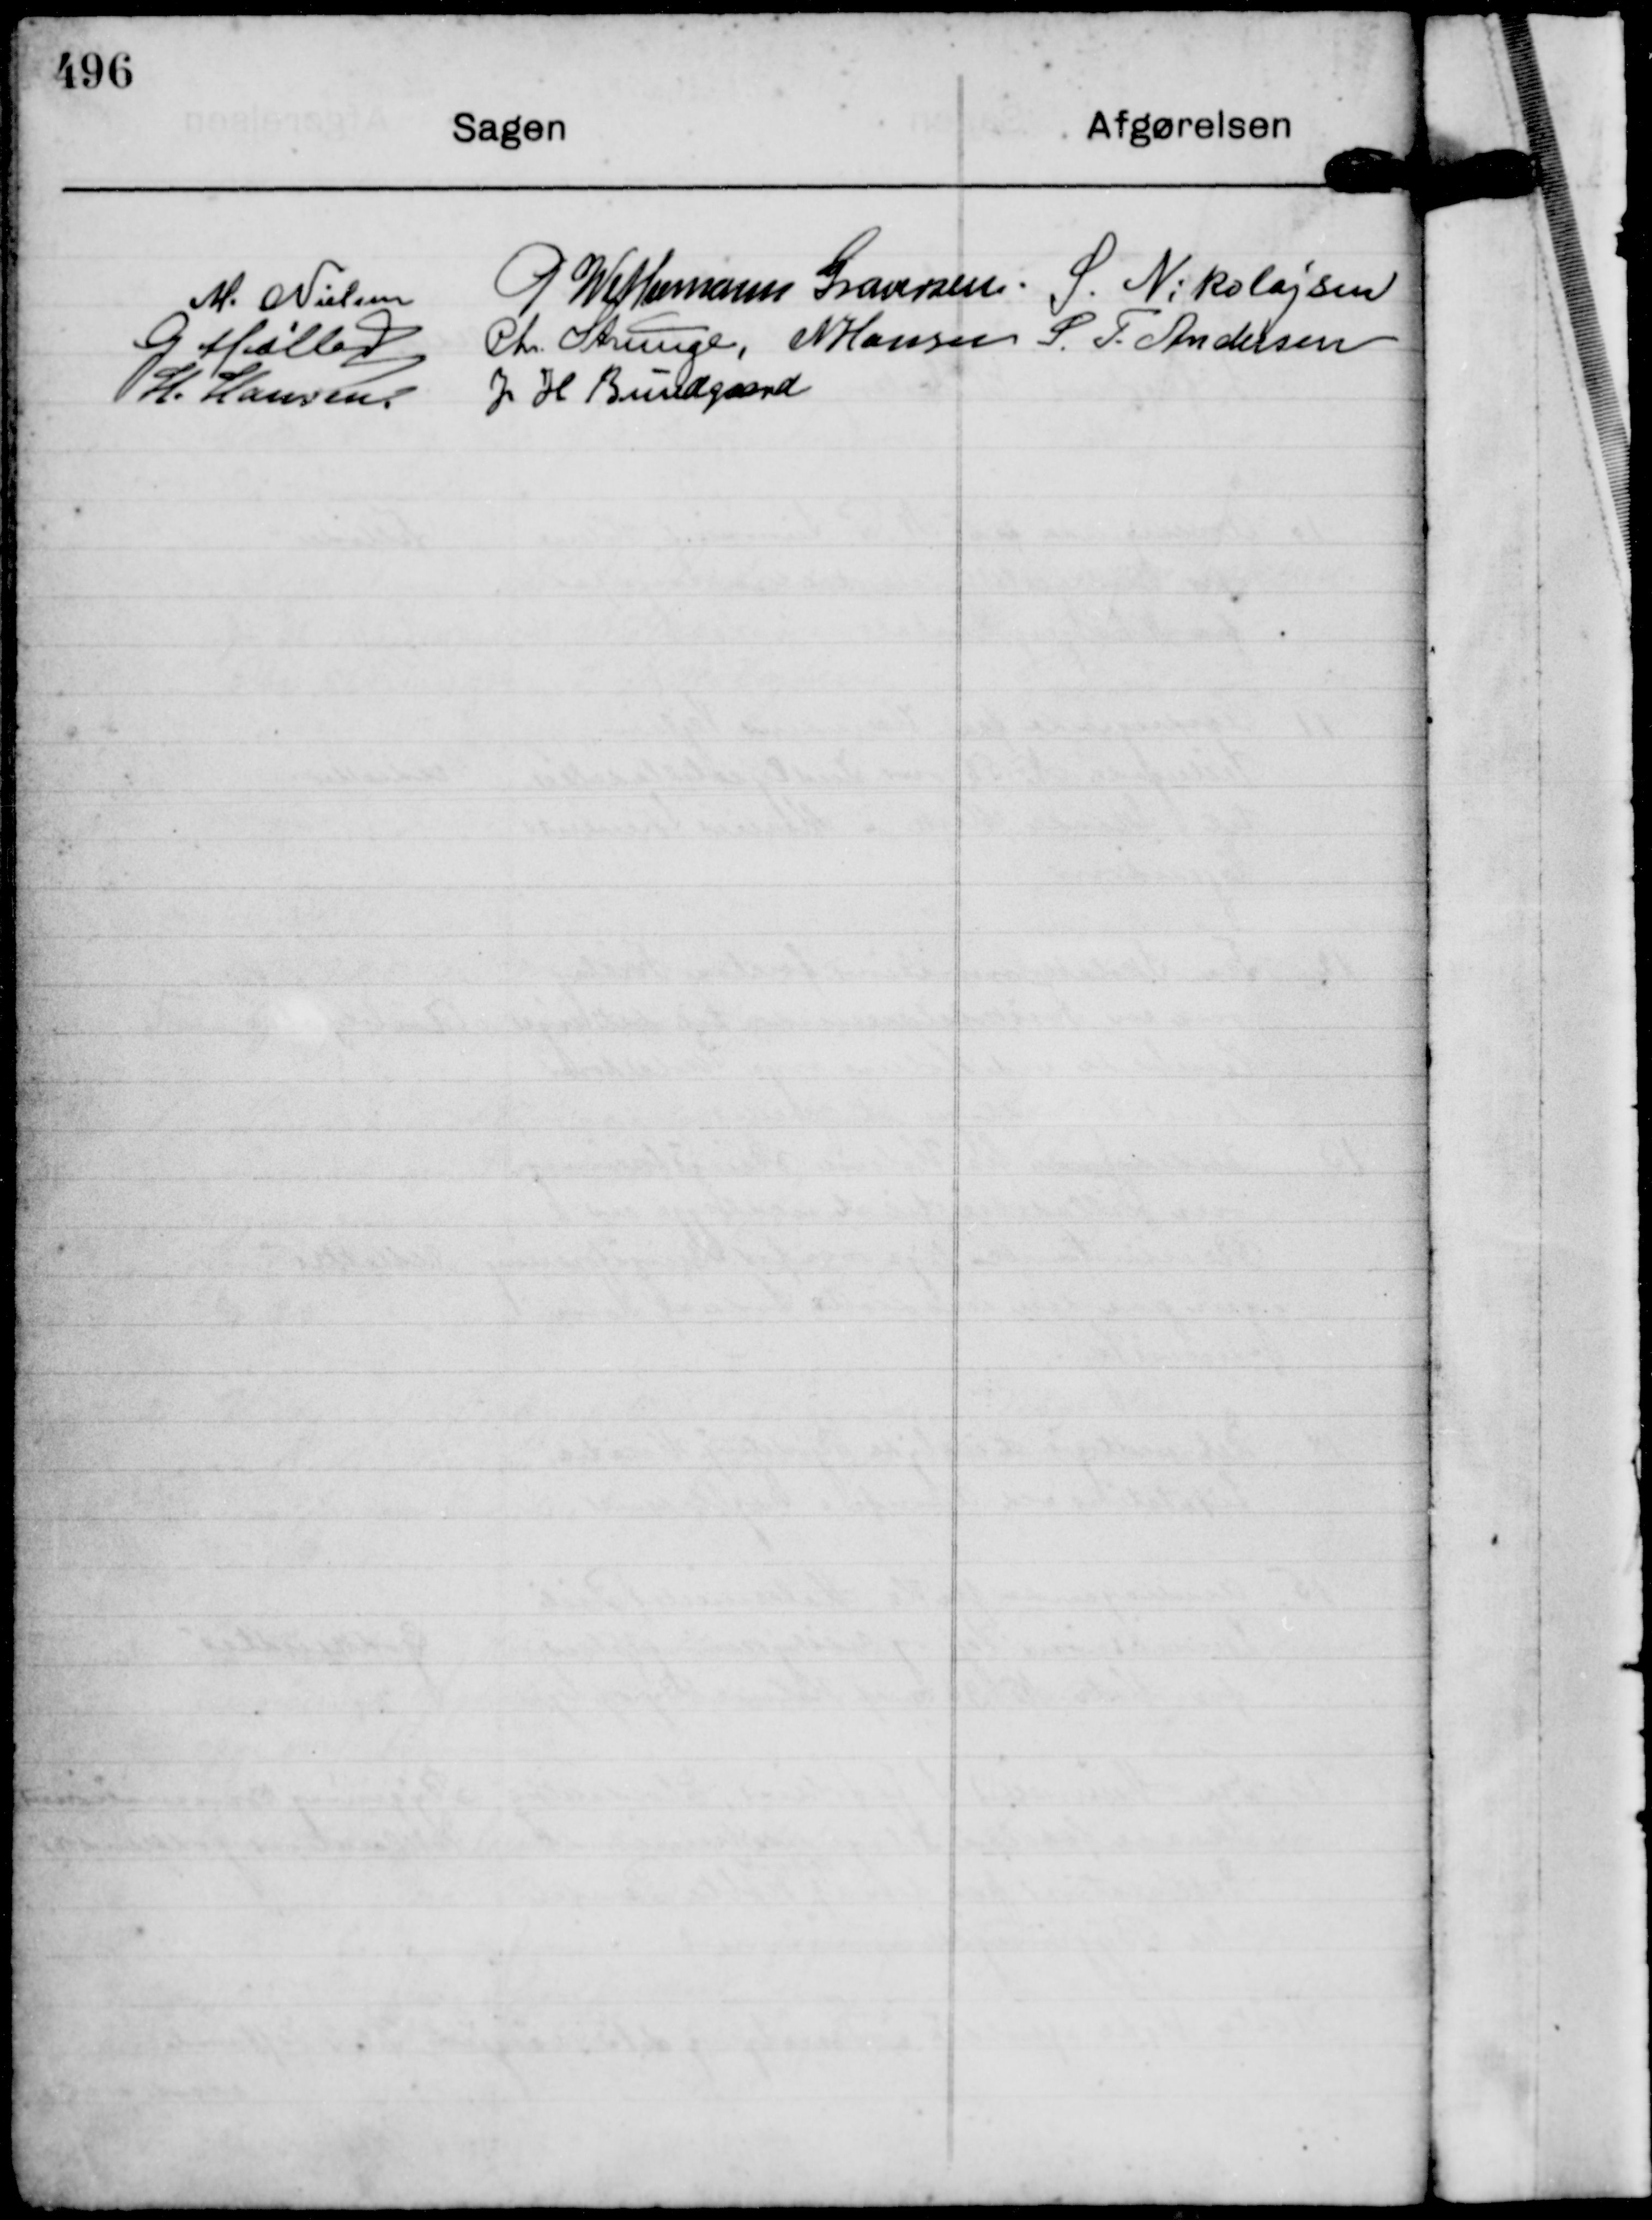
Transskription:
M. Nielsen
P Wethemann Graversen.
S. Nikolajsen
G Møller
Chr Strunge,
S. T. Andersen
H. Hansen
J H Bundgaard